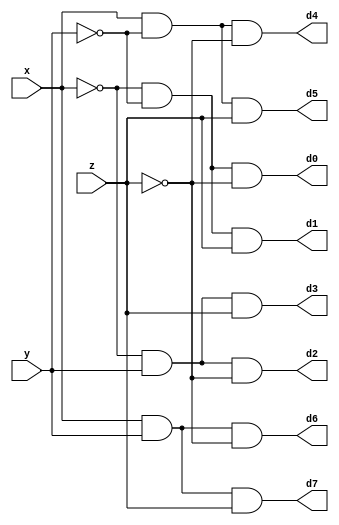
module decoder3to8(d0, d1, d2, d3, d4, d5, d6, d7, x, y, z);
    input x, y, z;
    output d0, d1, d2, d3, d4, d5, d6, d7;

    wire xn, yn, zn;
    not n1(xn, x);
    not n2(yn, y);
    not n3(zn, z);

    and a0(d0, xn, yn, zn);
    and a1(d1, xn, yn, z);
    and a2(d2, xn, y, zn);
    and a3(d3, xn, y, z);
    and a4(d4, x, yn, zn);
    and a5(d5, x, yn, z);
    and a6(d6, x, y, zn);
    and a7(d7, x, y, z);
endmodule